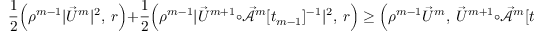
\frac { 1 } { 2 } \Bigl ( \rho ^ { m - 1 } | \vec { U } ^ { m } | ^ { 2 } , ~ r \Bigr ) + \frac { 1 } { 2 } \Bigl ( \rho ^ { m - 1 } | \vec { U } ^ { m + 1 } \circ \mathcal { \vec { A } } ^ { m } [ t _ { m - 1 } ] ^ { - 1 } | ^ { 2 } , ~ r \Bigr ) \geq \Bigl ( \rho ^ { m - 1 } \vec { U } ^ { m } , ~ \vec { U } ^ { m + 1 } \circ \mathcal { \vec { A } } ^ { m } [ t _ { m - 1 } ] ^ { - 1 } \, r \Bigr ) .